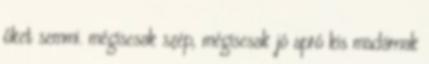
őket semmi. mégiscsak szép, mégiscsak jó apró kis madárnak